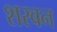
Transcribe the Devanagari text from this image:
शरवन